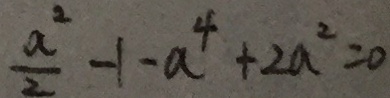
\frac { a ^ { 2 } } { 2 } - 1 - a ^ { 4 } + 2 a ^ { 2 } = 0